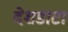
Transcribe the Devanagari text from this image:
देशडाटा